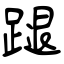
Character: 蹆